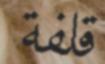
قلفة